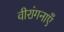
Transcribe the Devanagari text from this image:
वीरांगनाएँ